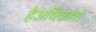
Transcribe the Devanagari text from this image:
हैअधिकांश